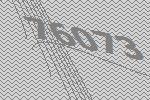
76073